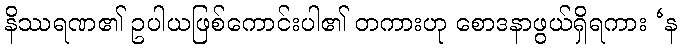
နိဿရဏ၏ ဥပါယဖြစ်ကောင်းပါ၏ တကားဟု စောဒနာဖွယ်ရှိရကား ‘န